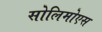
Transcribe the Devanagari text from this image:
सोलिमोएस